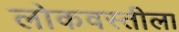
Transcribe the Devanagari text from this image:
लोकवस्तीला